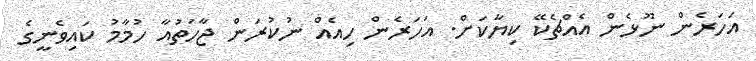
އަހަރެން ނޫޅެން އެއްޗެކޭ ކިޔާކަށް. އަހަރެން ހިއެއް ނުކުރަން ޖާހަތުއާ ހުމާމު ކައިވެނީގެ